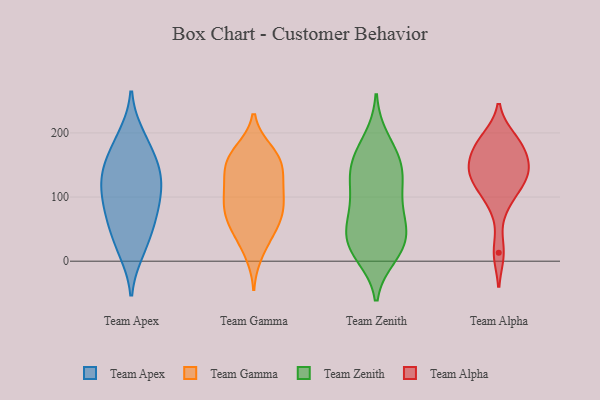
{"axis": {"x": "Shipments", "y": "Value"}, "legend": ["Team Alpha", "Team Apex", "Team Gamma", "Team Zenith"], "data": [{"x": "", "y": 185, "type": "Team Apex"}, {"x": "", "y": 123, "type": "Team Apex"}, {"x": "", "y": 118, "type": "Team Apex"}, {"x": "", "y": 108, "type": "Team Apex"}, {"x": "", "y": 149, "type": "Team Apex"}, {"x": "", "y": 74, "type": "Team Apex"}, {"x": "", "y": 24, "type": "Team Apex"}, {"x": "", "y": 16, "type": "Team Apex"}, {"x": "", "y": 143, "type": "Team Apex"}, {"x": "", "y": 55, "type": "Team Apex"}, {"x": "", "y": 92, "type": "Team Apex"}, {"x": "", "y": 195, "type": "Team Apex"}, {"x": "", "y": 153, "type": "Team Apex"}, {"x": "", "y": 67, "type": "Team Apex"}, {"x": "", "y": 164, "type": "Team Gamma"}, {"x": "", "y": 12, "type": "Team Gamma"}, {"x": "", "y": 56, "type": "Team Gamma"}, {"x": "", "y": 115, "type": "Team Gamma"}, {"x": "", "y": 72, "type": "Team Gamma"}, {"x": "", "y": 87, "type": "Team Gamma"}, {"x": "", "y": 115, "type": "Team Gamma"}, {"x": "", "y": 150, "type": "Team Gamma"}, {"x": "", "y": 68, "type": "Team Gamma"}, {"x": "", "y": 77, "type": "Team Gamma"}, {"x": "", "y": 96, "type": "Team Gamma"}, {"x": "", "y": 155, "type": "Team Gamma"}, {"x": "", "y": 147, "type": "Team Gamma"}, {"x": "", "y": 172, "type": "Team Gamma"}, {"x": "", "y": 32, "type": "Team Gamma"}, {"x": "", "y": 169, "type": "Team Gamma"}, {"x": "", "y": 107, "type": "Team Gamma"}, {"x": "", "y": 133, "type": "Team Gamma"}, {"x": "", "y": 50, "type": "Team Gamma"}, {"x": "", "y": 20, "type": "Team Zenith"}, {"x": "", "y": 17, "type": "Team Zenith"}, {"x": "", "y": 167, "type": "Team Zenith"}, {"x": "", "y": 126, "type": "Team Zenith"}, {"x": "", "y": 64, "type": "Team Zenith"}, {"x": "", "y": 131, "type": "Team Zenith"}, {"x": "", "y": 97, "type": "Team Zenith"}, {"x": "", "y": 78, "type": "Team Zenith"}, {"x": "", "y": 138, "type": "Team Zenith"}, {"x": "", "y": 69, "type": "Team Zenith"}, {"x": "", "y": 39, "type": "Team Zenith"}, {"x": "", "y": 30, "type": "Team Zenith"}, {"x": "", "y": 189, "type": "Team Zenith"}, {"x": "", "y": 10, "type": "Team Zenith"}, {"x": "", "y": 36, "type": "Team Zenith"}, {"x": "", "y": 165, "type": "Team Zenith"}, {"x": "", "y": 139, "type": "Team Zenith"}, {"x": "", "y": 113, "type": "Team Alpha"}, {"x": "", "y": 139, "type": "Team Alpha"}, {"x": "", "y": 147, "type": "Team Alpha"}, {"x": "", "y": 126, "type": "Team Alpha"}, {"x": "", "y": 137, "type": "Team Alpha"}, {"x": "", "y": 89, "type": "Team Alpha"}, {"x": "", "y": 188, "type": "Team Alpha"}, {"x": "", "y": 173, "type": "Team Alpha"}, {"x": "", "y": 164, "type": "Team Alpha"}, {"x": "", "y": 13, "type": "Team Alpha"}, {"x": "", "y": 192, "type": "Team Alpha"}]}